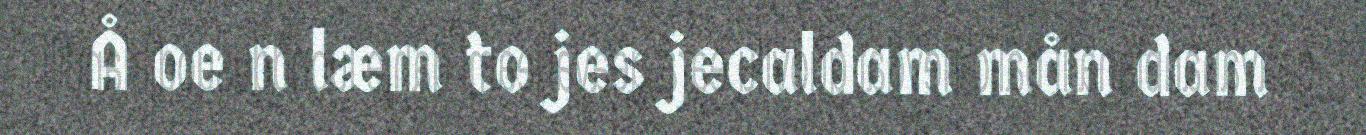
Å oe n læm to jes jecaldam mån dam